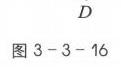
图 3 - 3 - 16
\(D\)